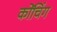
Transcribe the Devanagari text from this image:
कोंचिंग